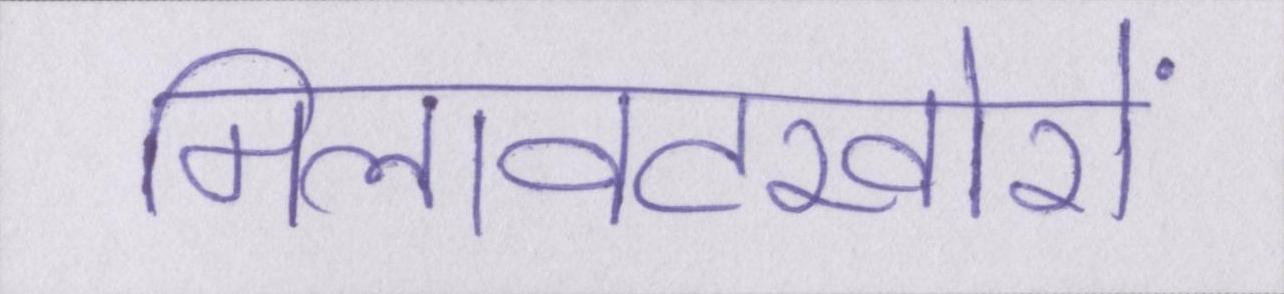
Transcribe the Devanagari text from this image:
मिलावटखोरों